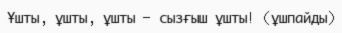
Ұшты, ұшты, ұшты — сызғыш ұшты! (ұшпайды)